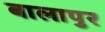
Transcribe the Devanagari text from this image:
बालापुर